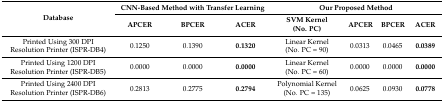
<table><thead><tr><td rowspan="2"><b>Database</b></td><td colspan="3"><b>CNN-Based Method with Transfer Learning</b></td><td colspan="4"><b>Our Proposed Method</b></td></tr><tr><td><b>APCER</b></td><td><b>BPCER</b></td><td><b>ACER</b></td><td><b>SVM Kernel (No. PC)</b></td><td><b>APCER</b></td><td><b>BPCER</b></td><td><b>ACER</b></td></tr></thead><tbody><tr><td>Printed Using 300 DPI Resolution Printer (ISPR-DB4)</td><td>0.1250</td><td>0.1390</td><td><b>0.1320</b></td><td>Linear Kernel (No. PC = 90)</td><td>0.0313</td><td>0.0465</td><td><b>0.0389</b></td></tr><tr><td>Printed Using 1200 DPI Resolution Printer (ISPR-DB5)</td><td>0.0000</td><td>0.0000</td><td><b>0.0000</b></td><td>Linear Kernel (No. PC = 60)</td><td>0.0000</td><td>0.0000</td><td><b>0.0000</b></td></tr><tr><td>Printed Using 2400 DPI Resolution Printer (ISPR-DB6)</td><td>0.2813</td><td>0.2775</td><td><b>0.2794</b></td><td>Polynomial Kernel (No. PC = 135)</td><td>0.0625</td><td>0.0930</td><td><b>0.0778</b></td></tr></tbody></table>